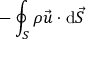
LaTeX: - \oint _ { S } \rho { \vec { u } } \cdot \mathrm { d } { \vec { S } }